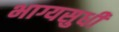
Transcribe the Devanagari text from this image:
भाग्यसुधी